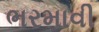
ભરમાવી